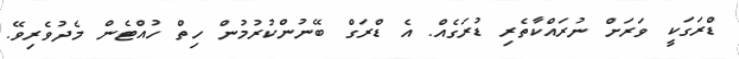
ޑްރަގަކީ ވަރަށް ނުރައްކާތެރި ޑުރަގެއް. އެ ޑްރަގް ބޭނުންކުރުމުން ހިތް ހުއްޓެން މެދުވެރިވޭ.